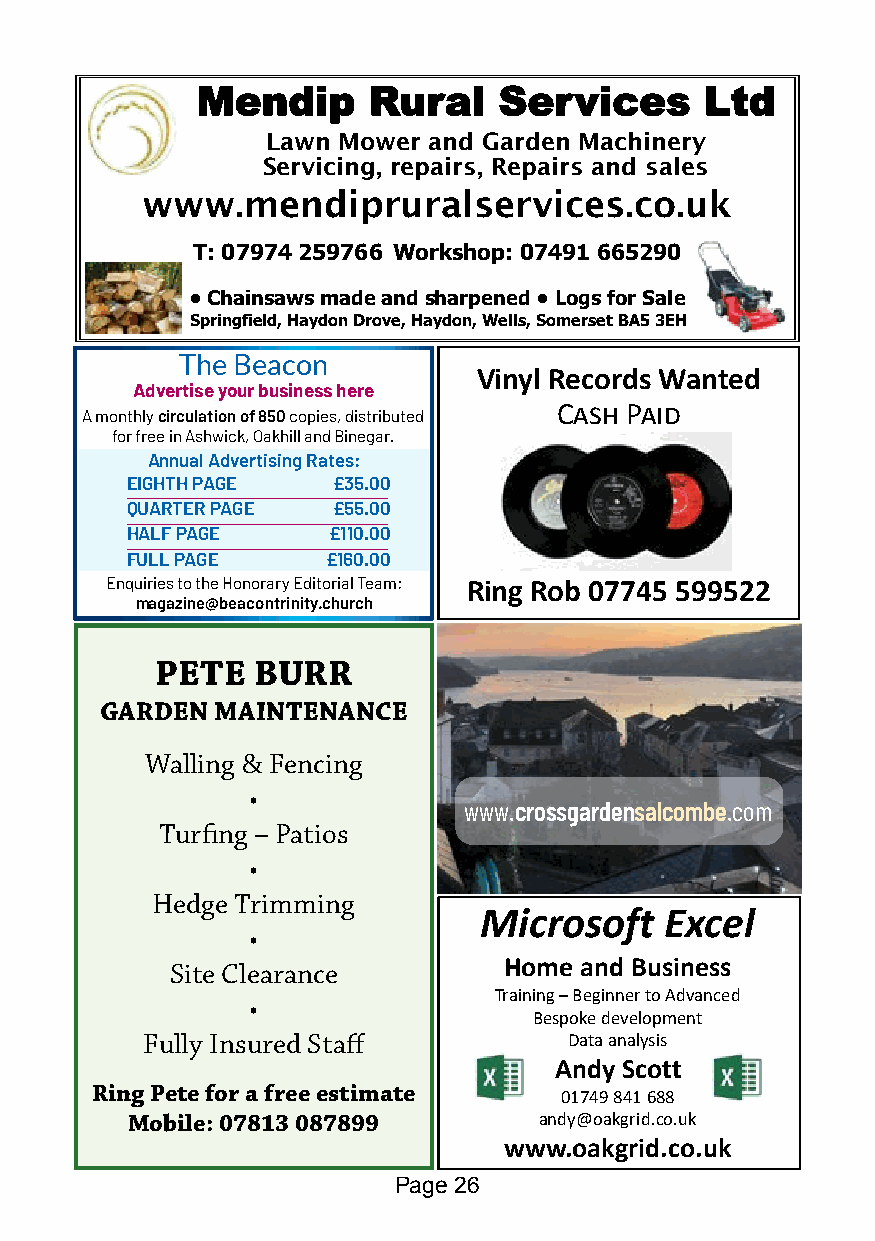
MMeennddiipp RRuurraall SSeerrvviicceess LLttdd
 Lawn Mower and Garden Machinery
 Servicing, repairs, Repairs and sales
 www.mendipruralservices.co.uk
 T: 07974 259766 Workshop: 07491 665290
 •Chainsaws made and sharpened • Logs for Sale
 Springfield, Haydon Drove, Haydon, Wells, Somerset BA5 3EH
 The Beacon
 Vinyl Records Wanted
 Advertise your business here
 Cash Paid
 A monthly circulation of 850 copies, distributed
 for free in Ashwick, Oakhill and Binegar.
 Annual Advertising Rates:
 EIGHTH PAGE   £35.00
 QUARTER PAGE  £55.00
 HALF PAGE     £110.00
 FULL PAGE     £160.00
 Enquiries to the Honorary Editorial Team: Ring Rob 07745 599522
 magazine@beacontrinity.church
 PETE   BURR
 GARDEN MAINTENANCE
 Walling & Fencing
 •
 www.crossgardensalcombe.com
 Turfing – Patios
 •
 Hedge Trimming
 Microsoft   Excel                   Microsoft   Excel
 •
 Site Clearance        Home and Business                    Home and Business
 Training –Beginner to Advanced      Training –Beginner to Advanced
 •
 Bespoke development                  Bespoke development
 Fully Insured Staff          Data analysis                       Data analysis
 Andy Scott                          Andy Scott
 Ring Pete for a free estimate  01749 841 688                       01749 841 688
 Mobile: 07813 087899        andy@oakgrid.co.uk                  andy@oakgrid.co.uk
 www.oakgrid.co.uk                    www.oakgrid.co.uk
 Page 26